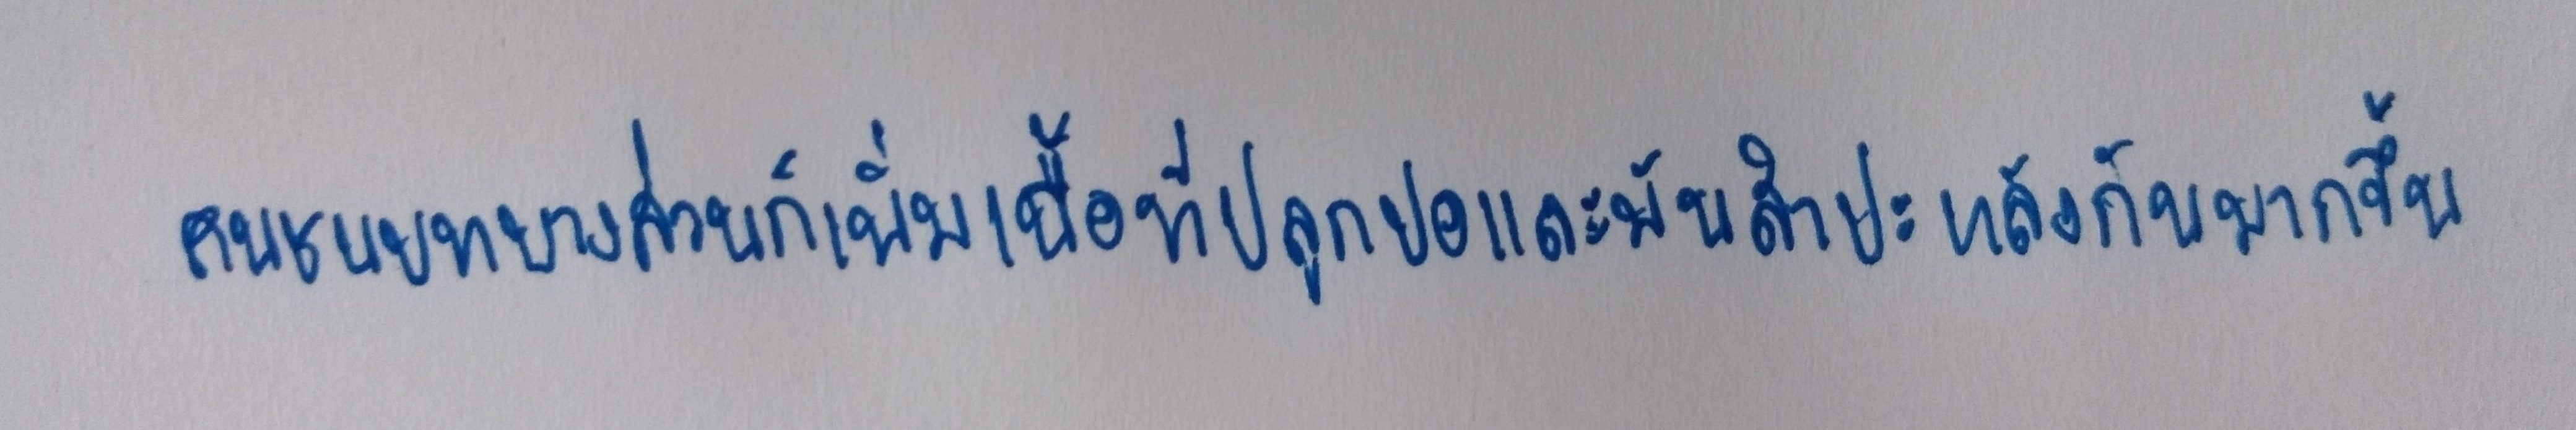
คนชนบทบางส่วนก็เพิ่มเนื้อที่ปลูกปอและมันสำปะหลังกันมากขึ้น